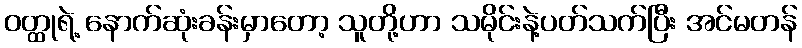
ဝတ္ထုရဲ့ နောက်ဆုံးခန်းမှာတော့ သူတို့ဟာ သမိုင်းနဲ့ပတ်သက်ပြီး အင်မတန်